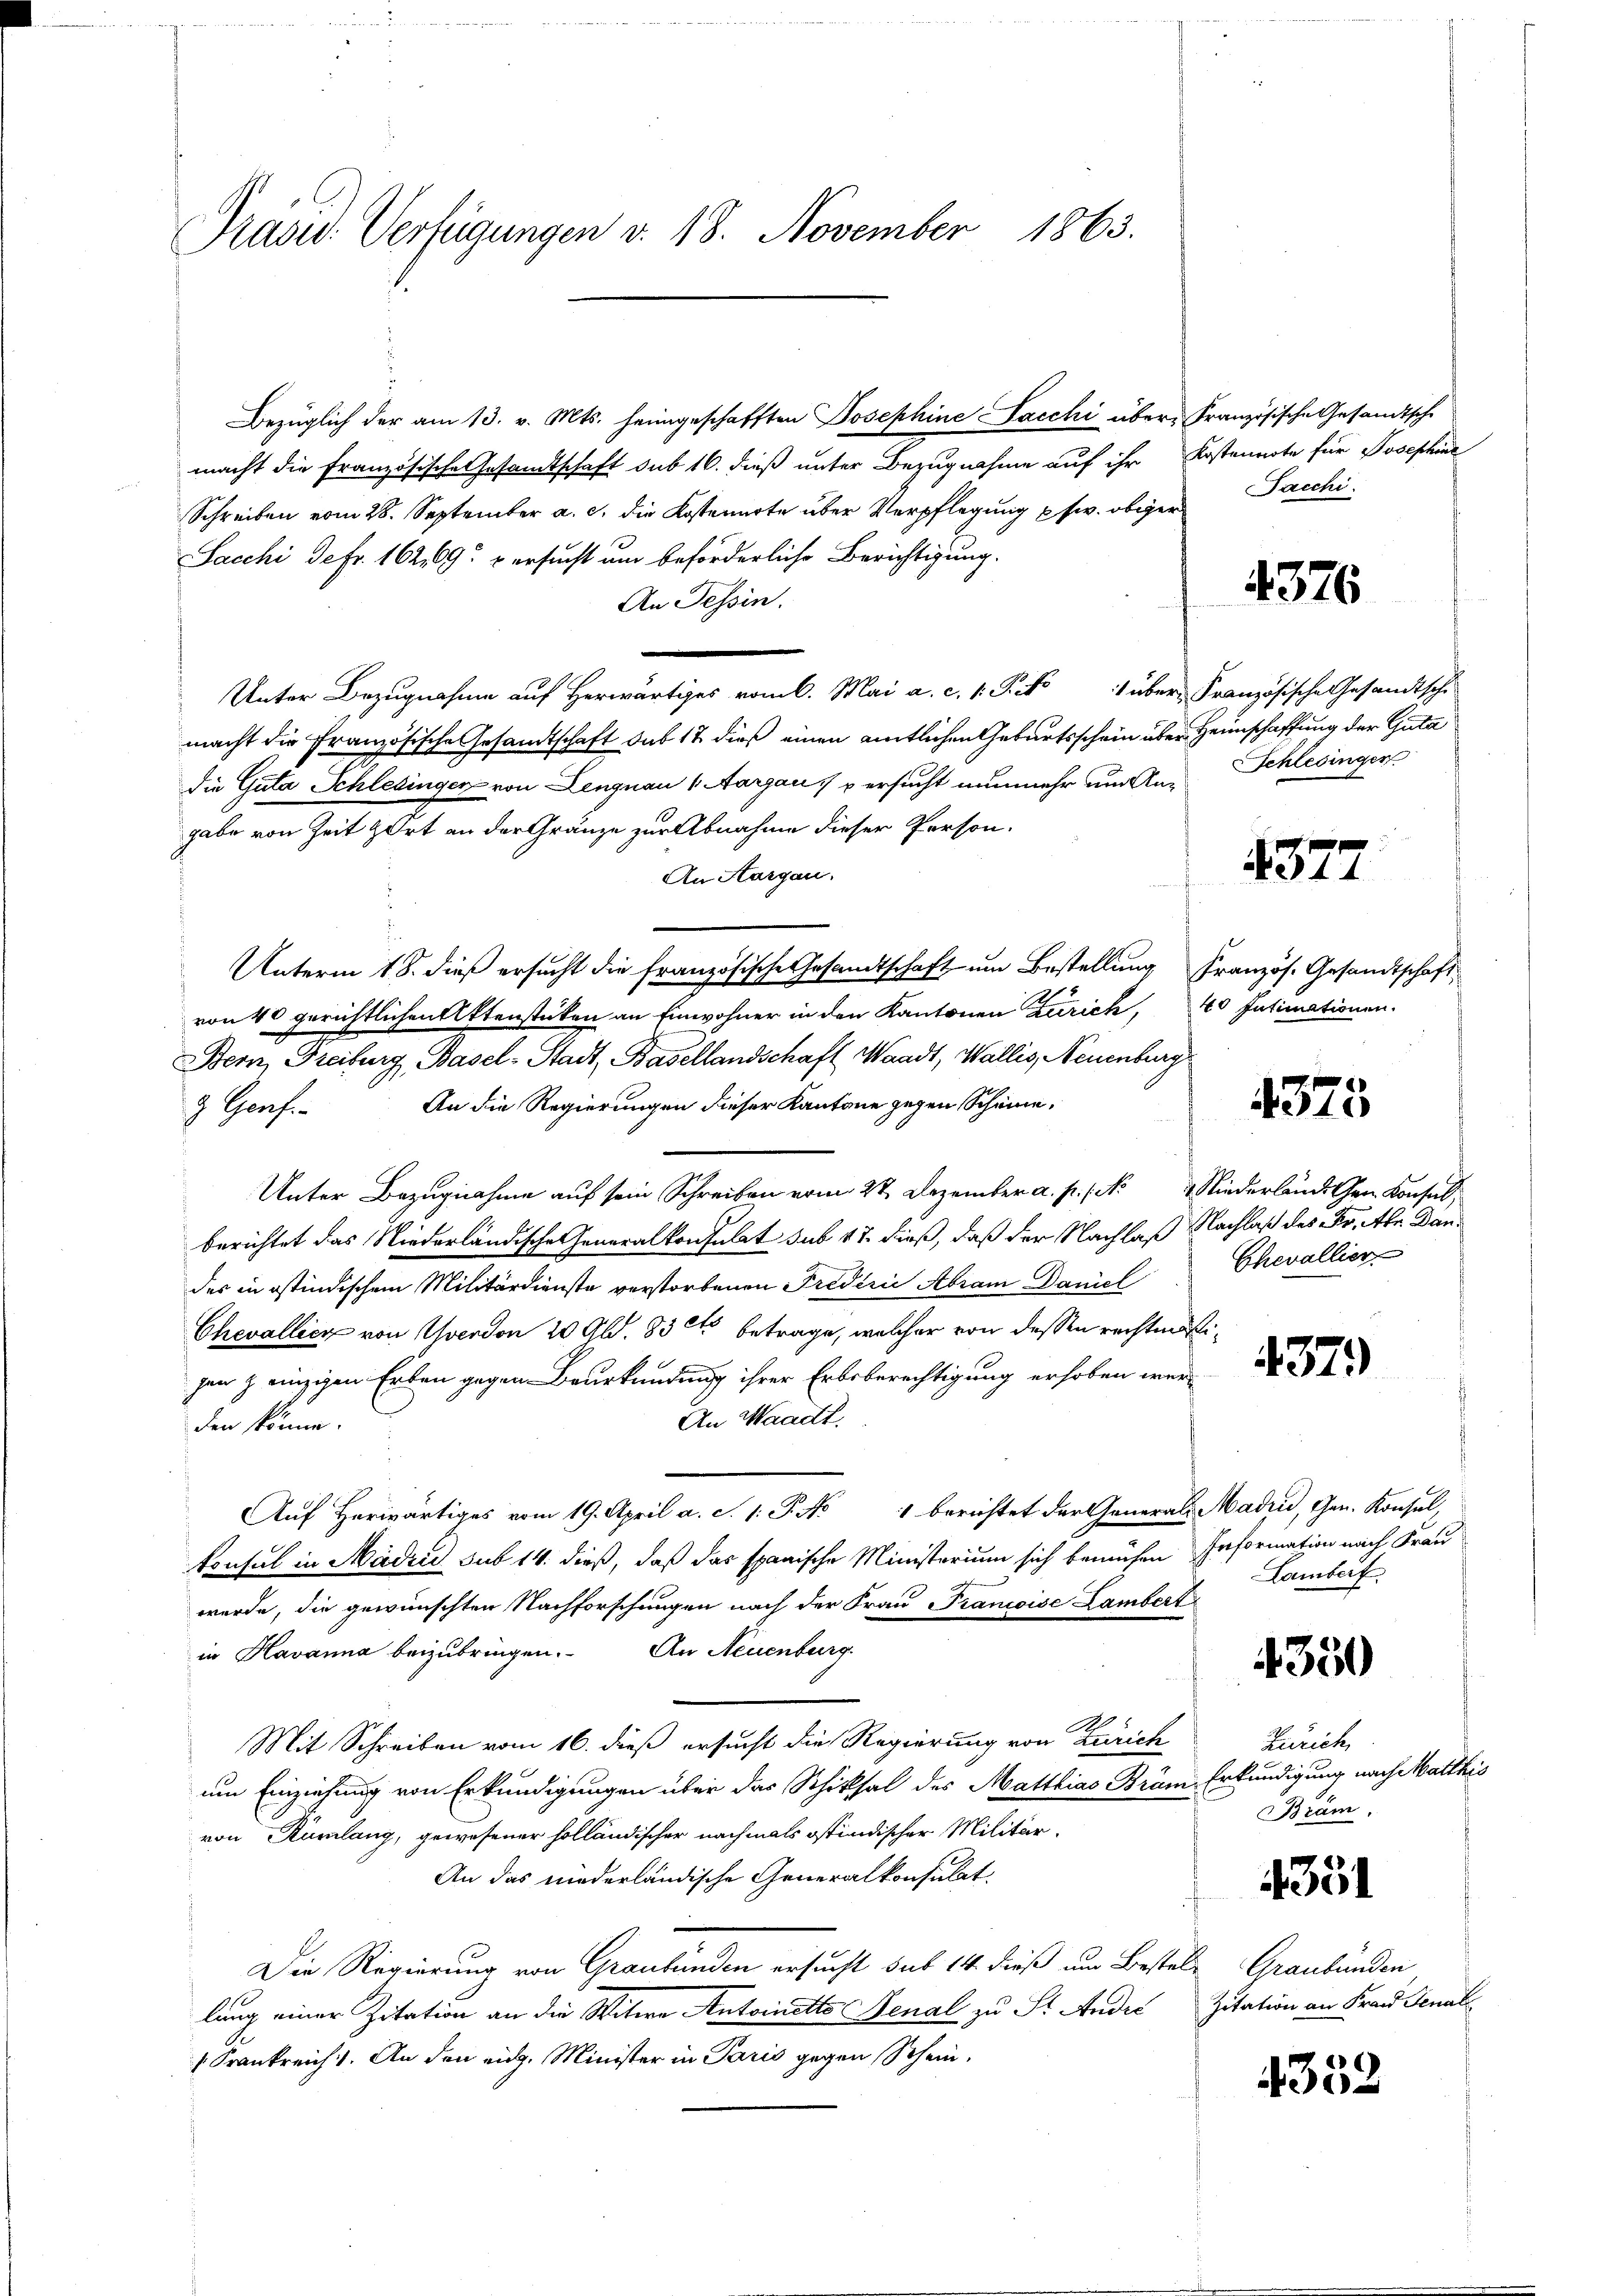
Präsid. Verfügungen v. 18. November 1863.

Bezüglich der am 13. v. Mts. heimgeschafften Josephine Sacchi über Französische Gesandtsche
macht die Französische Gesamtschaft sub 16. dieß unter Bezugnahme auf ihr Kostennote für Josephine
Schreiben vom 28. September a. c. die Kostenarte über Verpflegung usw. obiger
Sacchi de fr. 162,09. u ersucht und beförderliche Berichtigung.
An Tessin.
.
Unter Bezugnahme auf Herwärtiges vom 6. Mai a. c. 1 Pkt. 1 über Französische Gesandtsche
macht die Französische Gesandtschaft das 12 dieß einen amtlichen Geburtsschein über Heimschaffung der Guta
die Guta Schlesinger von Lengnau (Aargau, versucht nunmehr um Angabe von Zeit zort an der Gränze zur Abnahme dieser Person.
An Aargau.
Unterm 18. dieß ersucht die französische Gesandtschaft um Bestellung Französ. Gesandtschaft,
von 40 gerichtlichen Aktenstüken an Einwohner in den Kantonen Zürich, 40 Intimationen.
Bern, Freiburg, Basel-Stadt, Basellandschaft Waadt, Wallis, Neuenburg
& Genf. An die Regierungen dieser Kantone gegen Scheine,
Unter Bezugnahme auf sein Schreiben vom 22. Dezember a. p. / Niederland Gen. Konsul,
berichtet das Niederländische eneralkonsulat sub 17. dieß, daß der Nachlaß Nachlaß des Fr. Aber Dandes in ostindischem Militärdienste verstorbenen Frederie Abram Daniel
Chevallier von Yverdon 20 Al. 83 et betrage, welcher von dessen rechtmäs
gen & einzigen Erben gegen Beurkundung ihrer Erbsberechtigung erhoben wer¬
An Waadt.
den könne.
Auf Herwärtiges vom 19. April a. c. 1. P. No 1 berichtet der Generals Madri, Gen. Konsul,
konsul in Madri sub 14. dieß, daß das spanische Ministerium sich bemühen Information nach Frau
werde, die gewünschten Nachforschungen nach der Frau Prancoise Lambert
in Havanna beizubringen. An Neuenburg.
Mit Schreiben vom 16. dieß ersucht die Regierung von Zürich
um Einziehung von Erkundigungen über das Schicksal des Matthias Bräm Erkundigung nach Matthis
von Rümlang, gewesener holländischer nachmals ostindischer Militär-
An das niederländische Generalkonsulat
Die Regierung von Graubünden ersucht sub 14. dieß um Bestellang einer Zitation an die Witwe Antoinetts Benal zu St. Ander
 Frankreich. An den eidg. Minister in Paris gegen Schein,

Pacchi

2.

4376

Schlesinger

4377

4373

Chevallier

4379

Lambert

4350

Zürich
Bräm,

4331

4352

Graubünden
Zitation an Frau Genal